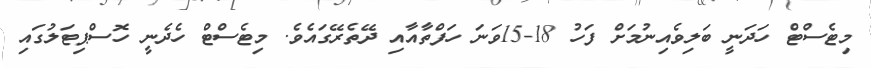
މިޓެސްޓް ހަދަނީ ބަލިވެއިނުމަށް ފަހު 18-15ވަނަ ހަފްތާއާއި ދޭތެރޭގައެވެ. މިޓެސްޓް ހެދެނީ ހޮސްޕިޓަލުގައި